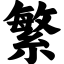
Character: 繁